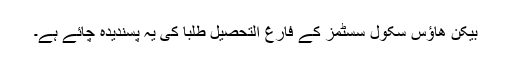
بیکن ھاؤس سکول سسٹمز کے فارغ التحصیل طلبا کی یہ پسندیده چائے ہے۔